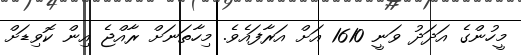
މީހުންގެ އަދަދު ވަނީ 1610 އަށް އަރާފައެވެ. މިހާތަނަށް ރާއްޖެ އިން ކޮވިޑަށް